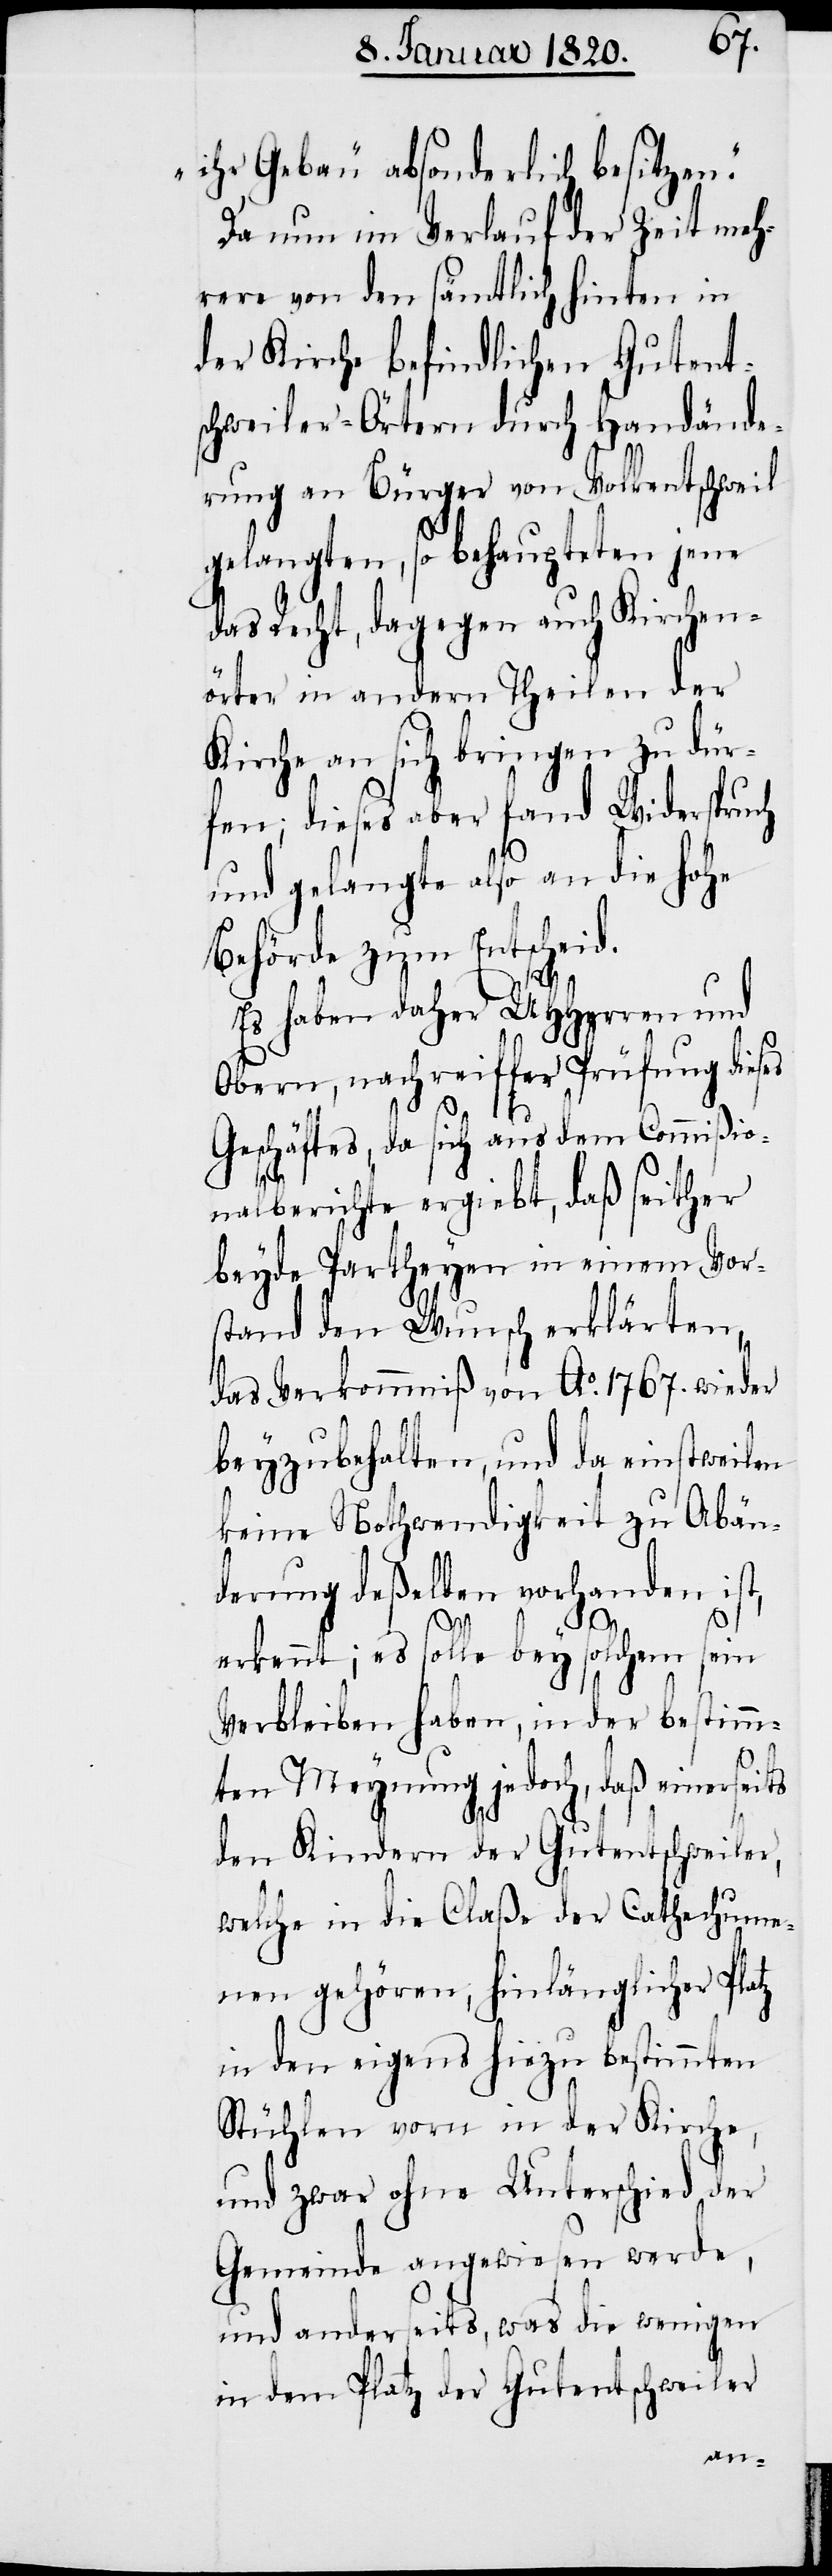
ihr Gebäu absonderlich besitzen.“
Da nun im Verlauf der Zeit meh¬
rere von den sämtlich hinten in
der Kirche befindlichen Gutent¬
schweiler-Örtern durch Handände¬
rung an Bürger von Volkentschweil
gelangten, so behaupteten jene
das Recht, dagegen auch Kirchen¬
örter in andern Theilen der
Kirche an sich bringen zu dür¬
fen; dieses aber fand Widerspruch
und gelangte also an die hohe
Behörde zum Entscheid.
Es haben daher UHHerren und
Obern, nach reiffer Prüfung dieses
Geschäftes, da sich aus dem Commißio¬
nalberichte ergiebt, daß seither
beyde Partheyen in einem Vor¬
stand den Wunsch erklärten,
das Verkommniß von Ao. 1767. wieder
beyzubehalten, und da einstweilen
keine Nothwendigkeit zu Abän¬
derung deßelben vorhanden ist,
erkennt; es solle bey solchem sein
Verbleiben haben, in der bestimm¬
ten Meynung jedoch, daß einerseits
den Kindern der Gutentschweiler,
welche in die Claße der Cathechume¬
nen gehören, hinlänglicher Platz
in den eigens hiezu bestimmten
Stühlen vorn in der Kirche,
und zwar ohne Unterschied der
Gemeinde angewiesen werde,
und anderseits, was die wenigen
in dem Platz der Gutentschweiler